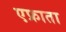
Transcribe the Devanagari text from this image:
एफ्राता